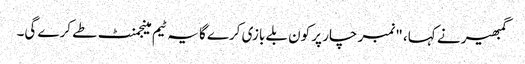
گمبھیر نے کہا، "نمبر چار پر کون بلے بازی کرے گا یہ ٹیم مینجمنٹ طے کرے گی۔